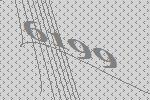
6199